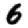
Digit: 6